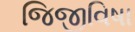
જિજીવિષા